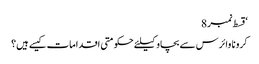
‘قسط نمبر 8
کرونا وائرس سے بچاو کیلئے حکومتی اقدامات کیسے ہیں؟